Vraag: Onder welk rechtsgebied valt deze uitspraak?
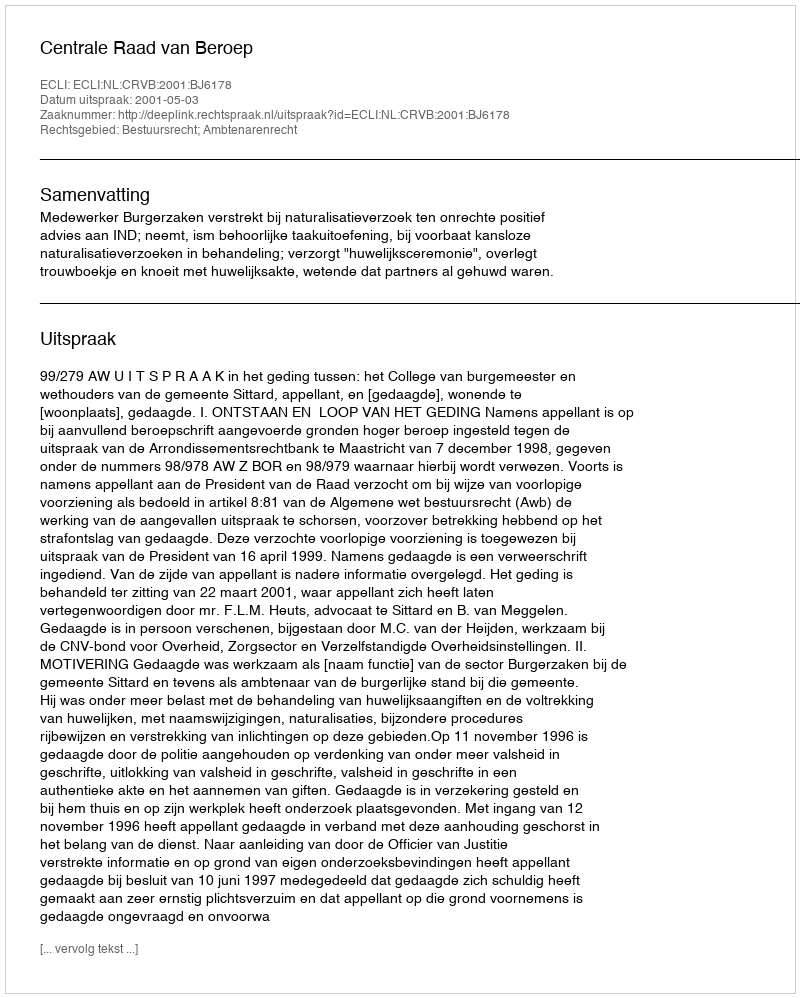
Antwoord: Bestuursrecht; Ambtenarenrecht